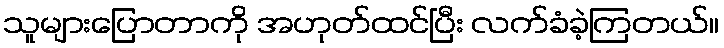
သူများပြောတာကို အဟုတ်ထင်ပြီး လက်ခံခဲ့ကြတယ်။